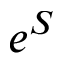
e ^ { S }